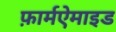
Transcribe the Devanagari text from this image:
फ़ार्मऐमाइड